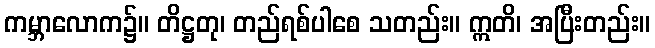
ကမ္ဘာလောက၌။ တိဋ္ဌတု၊ တည်ရစ်ပါစေ သတည်း။ ဣတိ၊ အပြီးတည်း။